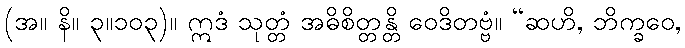
(အ။ နိ။ ၃။၁၀၃)။ ဣဒံ သုတ္တံ အဓိစိတ္တန္တိ ဝေဒိတဗ္ဗံ။ “ဆဟိ, ဘိက္ခဝေ,